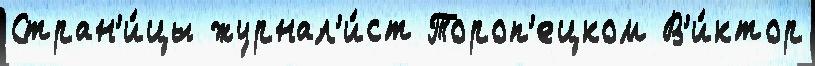
Стран'и́цы журнал'и́ст Тороп'ецком В'и́ктор